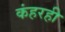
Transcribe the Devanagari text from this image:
कंहरही